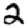
Digit: 2